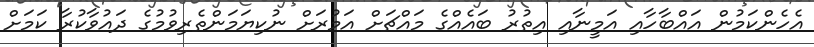
އެހެންކަމުން އައްބާހާއި އަމީނާއި އިތުރު ބައެއްގެ މައްޗަށް އަމުރަށް ނުކިޔަމަންތެރިވުމުގެ ދައުވާކުރާ ކަމަށް